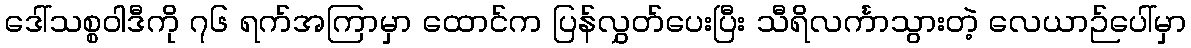
ဒေါ်သစ္စဝါဒီကို ၇၆ ရက်အကြာမှာ ထောင်က ပြန်လွှတ်ပေးပြီး သီရိလင်္ကာသွားတဲ့ လေယာဉ်ပေါ်မှာ